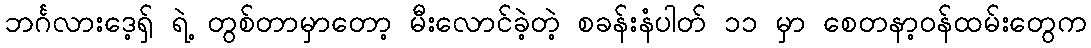
ဘင်္ဂလားဒေ့ရှ် ရဲ့ တွစ်တာမှာတော့ မီးလောင်ခဲ့တဲ့ စခန်းနံပါတ် ၁၁ မှာ စေတနာ့ဝန်ထမ်းတွေက